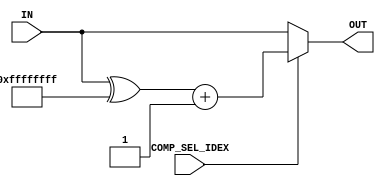
module complementer (
    input [31:0] IN,
    input COMP_SEL_IDEX,
    output [31:0] OUT
);

wire [31:0] NOTOUT;
assign NOTOUT = IN^32'b11111111111111111111111111111111;
assign OUT = COMP_SEL_IDEX?  NOTOUT + 1:IN;
    
endmodule